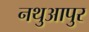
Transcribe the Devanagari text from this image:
नथुआपुर